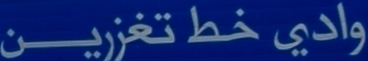
وادي خط تغزیین